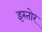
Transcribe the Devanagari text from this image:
इस्तोर